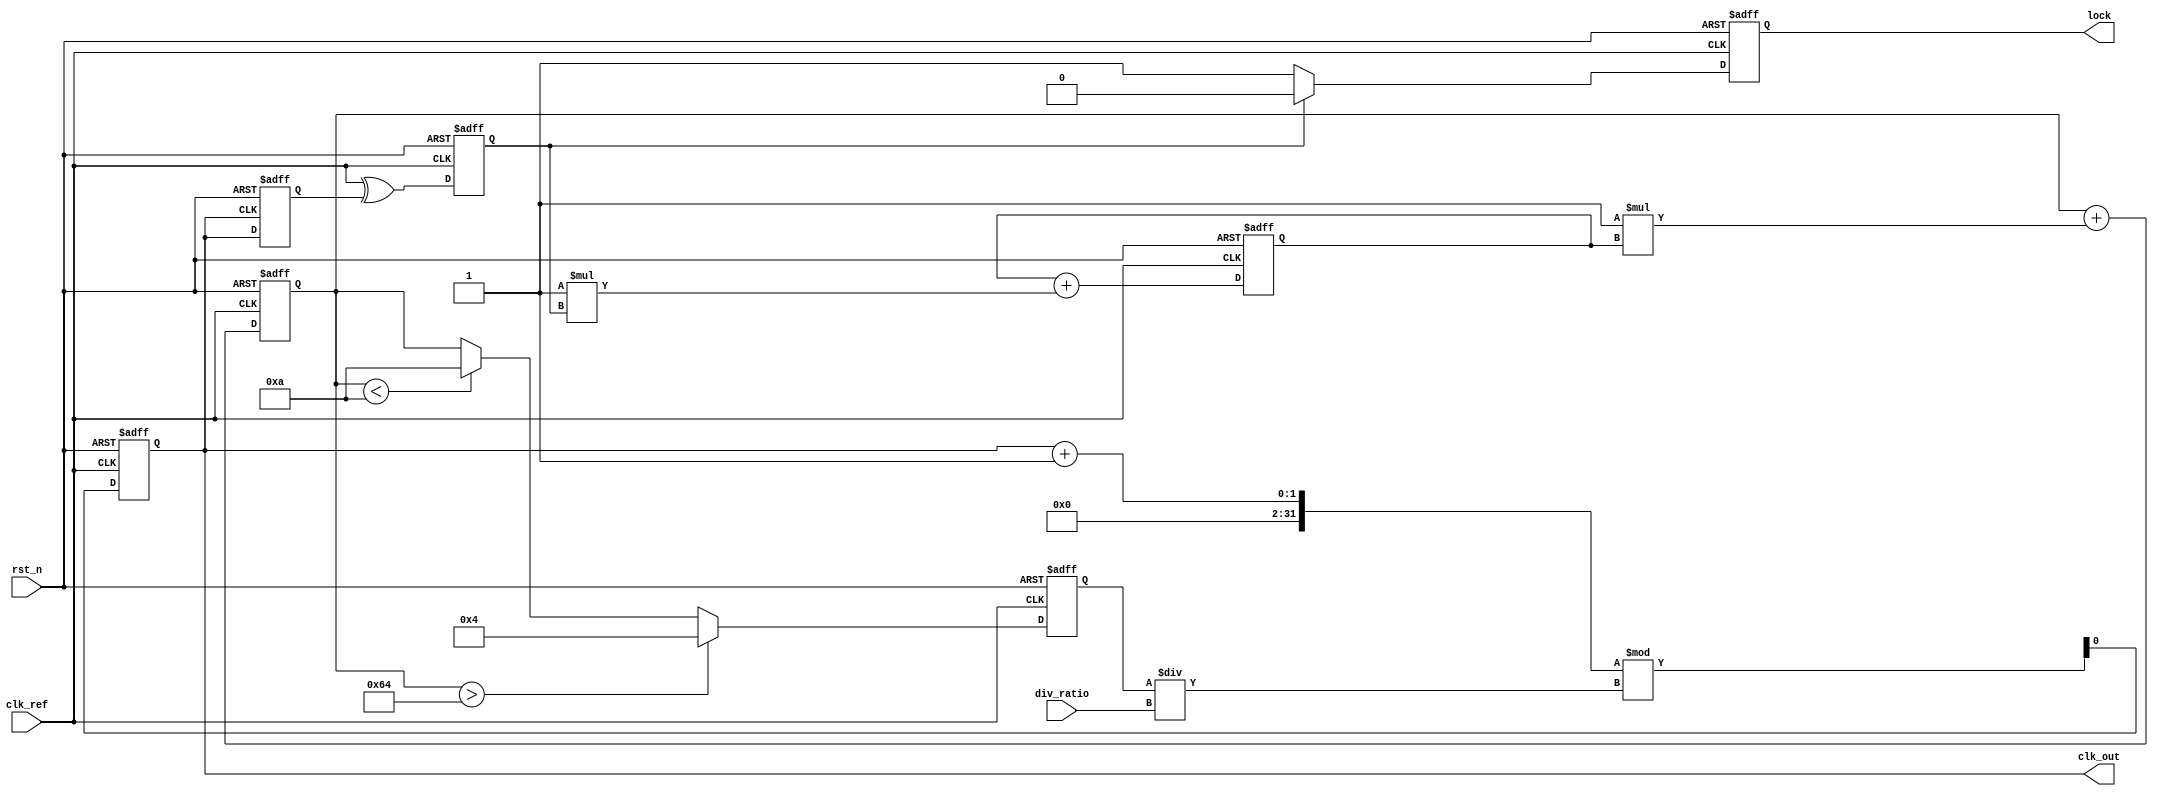
module dual_loop_pll (
    input wire clk_ref,          // Reference clock input
    input wire rst_n,           // Active low reset
    input wire [N-1:0] div_ratio, // Divider ratio for feedback
    output reg clk_out,         // Output clock
    output reg lock             // Lock indicator
);

parameter N = 4;               // Number of bits for division ratio
parameter VCO_MAX_FREQ = 100;  // Max frequency of VCO in MHz
parameter VCO_MIN_FREQ = 10;    // Min frequency of VCO in MHz
parameter Kp = 1;              // Proportional gain for PD
parameter Ki = 1;              // Integral gain for LF

// Internal signals
reg [N-1:0] vco_freq;          // Current VCO frequency
reg [N-1:0] vco_control;       // Control voltage for VCO
reg phase_error;               // Phase error signal
reg [N-1:0] feedback;          // Feedback signal from VCO
reg [N-1:0] inner_loop_out;    // Inner loop filter output
reg [N-1:0] outer_loop_out;    // Outer loop filter output

// Phase Detector (PD)
always @(posedge clk_ref or negedge rst_n) begin
    if (!rst_n) begin
        phase_error <= 0;
    end else begin
        // Simple phase detector logic (XOR for demonstration)
        phase_error <= clk_ref ^ feedback; // XOR phase comparison
    end
end

// Inner Loop Filter
always @(posedge clk_ref or negedge rst_n) begin
    if (!rst_n) begin
        inner_loop_out <= 0;
    end else begin
        inner_loop_out <= inner_loop_out + (Kp * phase_error); // Proportional control
    end
end

// Outer Loop Filter
always @(posedge clk_ref or negedge rst_n) begin
    if (!rst_n) begin
        outer_loop_out <= 0;
    end else begin
        outer_loop_out <= outer_loop_out + (Ki * inner_loop_out); // Integral control
    end
end

// Voltage-Controlled Oscillator (VCO)
always @(posedge clk_ref or negedge rst_n) begin
    if (!rst_n) begin
        vco_freq <= VCO_MIN_FREQ; // Initialize VCO to minimum frequency
        clk_out <= 0;             // Initialize output clock
    end else begin
        // Update VCO frequency based on outer loop output
        if (outer_loop_out > VCO_MAX_FREQ) begin
            vco_freq <= VCO_MAX_FREQ;
        end else if (outer_loop_out < VCO_MIN_FREQ) begin
            vco_freq <= VCO_MIN_FREQ;
        end else begin
            vco_freq <= outer_loop_out; // Control VCO frequency
        end
        // Generate output clock based on VCO frequency
        clk_out <= (clk_out + 1) % (vco_freq / div_ratio); // Simple clock generation
    end
end

// Feedback Divider
always @(posedge clk_out or negedge rst_n) begin
    if (!rst_n) begin
        feedback <= 0;
    end else begin
        feedback <= clk_out; // Feedback the divided output clock
    end
end

// Lock Indicator
always @(posedge clk_ref or negedge rst_n) begin
    if (!rst_n) begin
        lock <= 0;
    end else begin
        // Simple lock detection logic
        if (phase_error == 0) begin
            lock <= 1; // If phase error is zero, PLL is locked
        end else begin
            lock <= 0;
        end
    end
end

endmodule